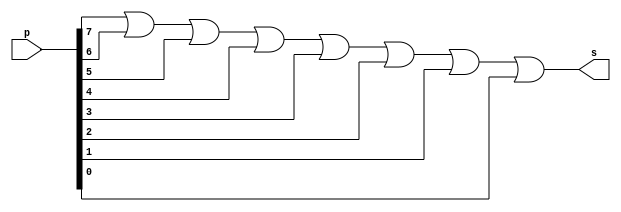
// -------------------------
// Exercicio12 - OR
// Nome: damo Ludwig
// -------------------------
// -------------------------
// -- NOR gate
// -------------------------
module ORgate ( output s,
                         input [0:7] p);
wire temp0 , temp1, temp2, temp3, temp4, temp5, temp6, temp7; 
or OR0 (temp0, p[0], p[1]);
or OR1 (temp1, temp0, p[2]);
or OR2 (temp2, temp1, p[3]);
or OR3 (temp3, temp2, p[4]);
or OR4 (temp4, temp3, p[5]);
or OR5 (temp5, temp4, p[6]);
or OR6 (temp6, temp5, p[7]);
//OR OR7 (temp6, )
//assign st = (~(temp0|temp1|temp2|temp3|temp4|temp5|temp6));
assign s = temp6;
endmodule // ORgate
// ---------------------
// -- test OR gate
// ---------------------
module testORgate;
// ------------------------- dados locais
   reg  [0:7]a; // definir registradores
   wire  s;    // definir conexao (fio)
// ------------------------- instancia
   ORgate OR1 (s, a[0:7]);
// ------------------------- preparacao
   initial begin:start
                   // atribuicao simultanea
// dos valores iniciais
      a=0 ;
   end
// ------------------------- parte principal
   initial begin
         $display("Exercicio12 - Adamo Ludwig - 473319");
         $display("Test OR gate");
         $display("\na | b = s\n");
		 $monitor("%b = %b", a, s);
  #1       a=8'b00000000; 
  #1       a=8'b11111111; 
 // #1   $display("%b & %b = %b", a, s);
          // a=1; 
 // #1   $display("%b & %b = %b", a, s);
        //   a=1;
 // #1   $display("%b & %b = %b", a, s);
end
endmodule // testORgate